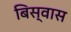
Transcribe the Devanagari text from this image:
बिस्‍वास